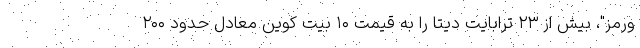
ورمز"، بیش از ۲۳ ترابایت دیتا را به قیمت ۱۰ بیت کوین معادل حدود ۲۰۰